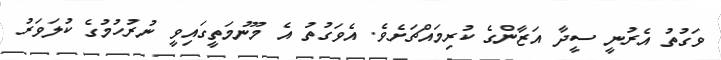
ވަގުތު އެރުނީ ސީދާ އަޒާންގެ ކުރިމައްޗަށެވެ. އެވަގުތު އެ މޫނުމަތީގައިވީ ނުރުހުމުގެ ކުލަވަރު